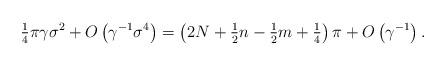
LaTeX: \begin{align*}{\tfrac{1}{4}}\pi\gamma\sigma^{2}+{O}\left( {\gamma^{-1}\sigma^{4}}\right) =\left( {2N+{\tfrac{1}{2}}n-{\tfrac{1}{2}}m+{\tfrac{1}{4}}}\right)\pi+{O}\left( {\gamma^{-1}}\right) . \end{align*}